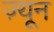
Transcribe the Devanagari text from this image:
ज़्यून